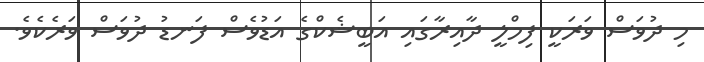
މި ދުވަސް ވަރަކީ ފިމްލީ ދާއިރާގައި އަބީޝެކްގެ އަޑުވެސް ފަނޑު ދުވަސް ވަރެކެވެ.